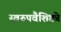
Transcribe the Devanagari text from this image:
स्वरुपवैशिष्ट्ये